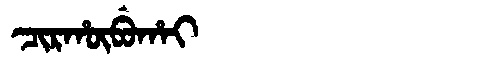
Manchu: ᠴᡳᡵᡥᡡᠪᡠᡥᠠᡳ
Romanization: CIRHŪBUHAI